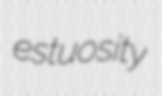
estuosity